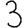
Digit: 3